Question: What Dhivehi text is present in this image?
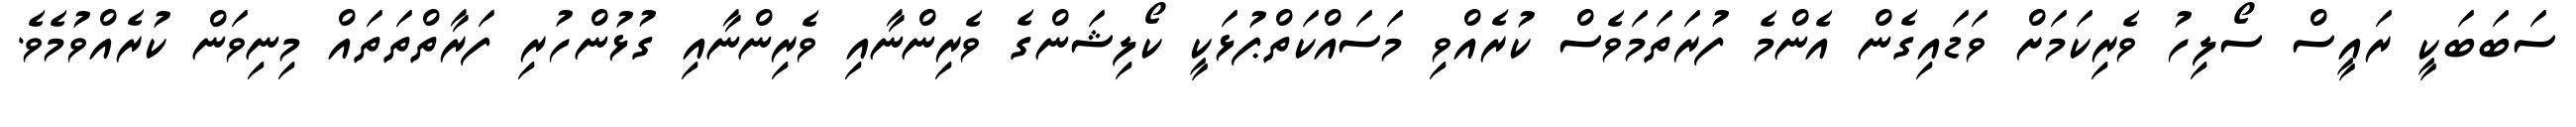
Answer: ސަބަބަކީ ރައީސް ސޯލިހު ވެރިކަމަށް ވަޑައިގެން އެންމެ ފުރަތަމަވެސް ކުރެއްވި މަސައްކަތްޕުޅަކީ ކޯލިޝަންގެ ވެރިންނާއި ވެރިންނާއި ގުޅުންހުރި ފަރާތްތަތައް މިނިވަން ކުރެއްވުމެވެ.